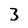
Character: 3